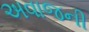
અવાજની